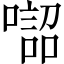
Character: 𠾓